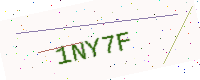
Text: 1NY7F